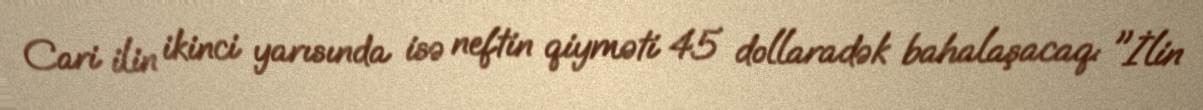
Cari ilin ikinci yarısında isə neftin qiyməti 45 dollaradək bahalaşacaq: "İlin